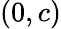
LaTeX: \left(0,c\right)